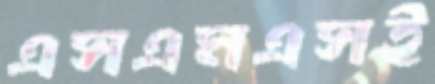
এসএমএসই